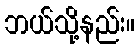
ဘယ်သို့နည်း။